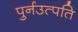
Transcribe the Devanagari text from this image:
पुर्नउत्पति